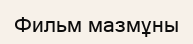
Фильм мазмұны